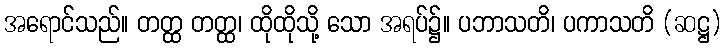
အရောင်သည်။ တတ္ထ တတ္ထ၊ ထိုထိုသို့ သော အရပ်၌။ ပဘာသတိ၊ ပကာသတိ (ဆဋ္ဌ)